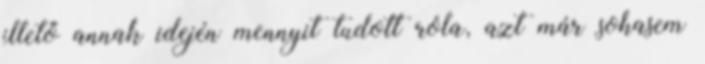
illető annak idején mennyit tudott róla, azt már sohasem